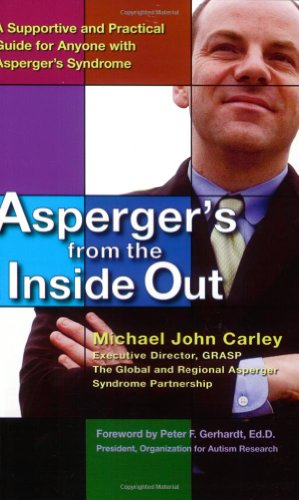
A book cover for Asperger's From the Inside Out: A Supportive and Practical Guide for Anyone with Asperger'sSyndrome; Michael John Carley; Health, Fitness & Dieting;